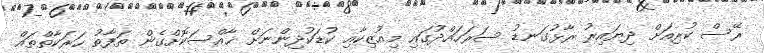
ރޭސް ކުރިއަށް ދިޔައިރު ރާޅުގަނޑު ސަރަހައްދުގައި މިއުޒިކާއި ކުޑަކުދިންނަށް ޚާއްސަކޮށްގެން ތަފާތު ހަރަކާތްތައް